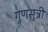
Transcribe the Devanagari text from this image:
गुणसुत्री